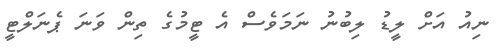
ނިއު އަށް ލީޑު ލިބުނު ނަމަވެސް އެ ޓީމުގެ ތިން ވަނަ ޕެނަލްޓީ